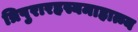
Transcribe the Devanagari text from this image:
त्रिपुरारहस्यमाहात्म्य